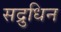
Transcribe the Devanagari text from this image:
सद्रुधिन